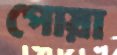
পোয়া